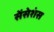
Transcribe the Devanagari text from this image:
सेंसेशंस